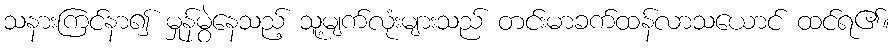
သနားကြင်နာ၍ မှုန်မွဲနေသည့် သူ့မျက်လုံးများသည် တင်းမာခက်ထန်လာသယောင် ထင်ရ၏။